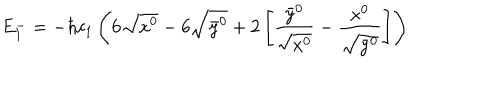
LaTeX: E _ { 1 } ^ { - } = - \hbar c _ { 1 } \left( 6 \sqrt { x ^ { 0 } } - 6 \sqrt { \bar { y } ^ { 0 } } + 2 \left[ \frac { \bar { y } ^ { 0 } } { \sqrt { x ^ { 0 } } } - \frac { x ^ { 0 } } { \sqrt { \bar { y } ^ { 0 } } } \right] \right)